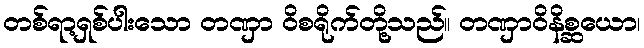
တစ်ရာ့ရှစ်ပါးသော တဏှာ ဝိစရိုက်တို့သည်။ တဏှာဝိနိစ္ဆယော၊